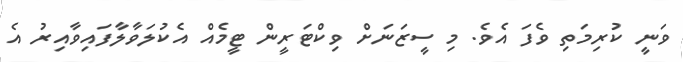
ވަނީ ކުރިމަތި ވެފަ އެވެ. މި ސީޒަނަށް ވިކްޓަރީން ޓީމެއް އެކުލަވާލާފައިވާއިރު އެ